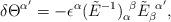
LaTeX: \begin{align*}\delta\Theta^{\alpha^{\prime}}=-\epsilon^{\alpha}(\tilde{E}^{-1})^{\ \beta}_{\alpha}\tilde{E}^{\ \alpha^{\prime}}_{\beta},\end{align*}